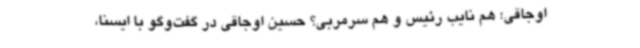
اوجاقی؛ هم نایب رئیس و هم سرمربی؟ حسین اوجاقی در گفت‌وگو با ایسنا،